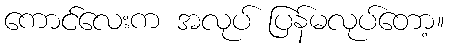
ကောင်လေးက အလုပ် ပြန်မလုပ်တော့။